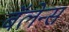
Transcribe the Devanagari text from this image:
बॅलेन्स